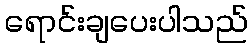
ရောင်းချပေးပါသည်